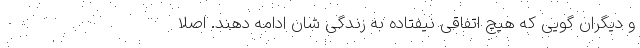
و دیگران گویی که هیچ اتفاقی نیفتاده به زندگی شان ادامه دهند. اصلا